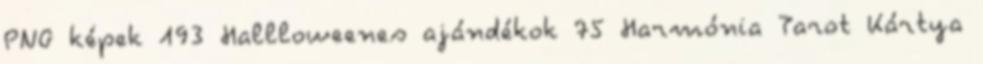
PNG képek 193 Hallloweenes ajándékok 75 Harmónia Tarot Kártya